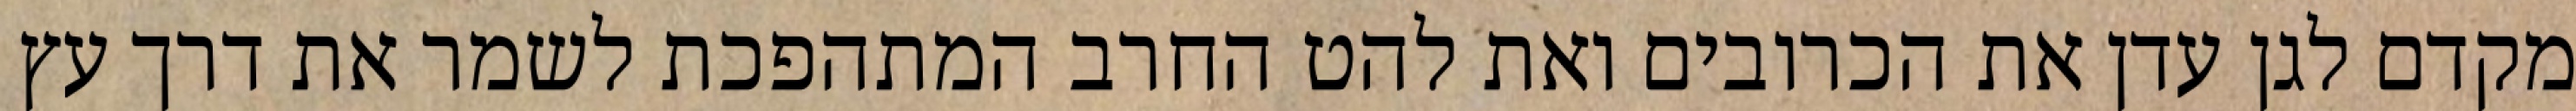
מקדם לגן עדן את הכרובים ואת להט החרב המתהפכת לשמר את דרך עץ